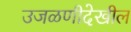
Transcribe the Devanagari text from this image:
उजळणीदेखील